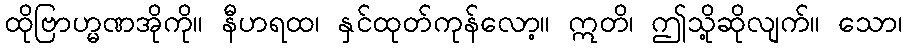
ထိုဗြာဟ္မဏအိုကို။ နီဟရထ၊ နှင်ထုတ်ကုန်လော့။ ဣတိ၊ ဤသို့ဆိုလျက်။ သော၊